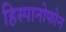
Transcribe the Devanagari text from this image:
हिस्पानोफोन